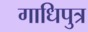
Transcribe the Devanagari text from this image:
गाधिपुत्र